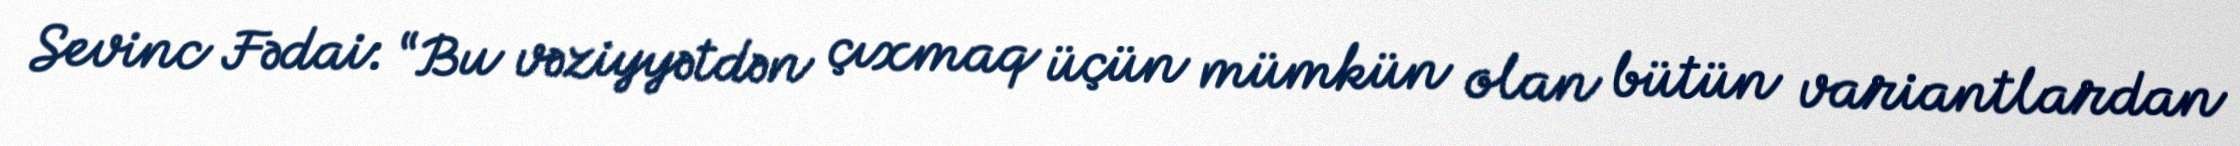
Sevinc Fədai: “Bu vəziyyətdən çıxmaq üçün mümkün olan bütün variantlardan